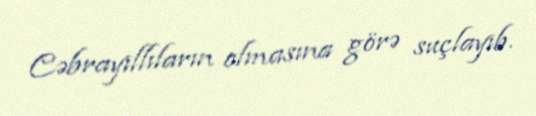
Cəbrayıllıların olmasına görə suçlayıb.